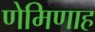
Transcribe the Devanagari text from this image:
णेमिणाह